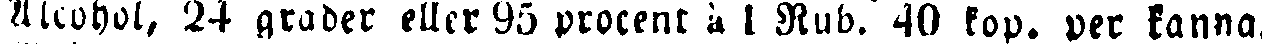
Alcohol, 24 grader eller 95 procent à 1 Rub. 40 kop. per kanna.